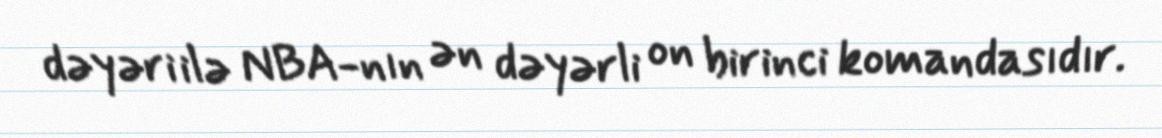
dəyəri ilə NBA-nın ən dəyərli on birinci komandasıdır.